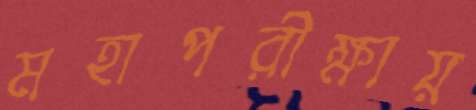
মহাপরীক্ষায়